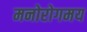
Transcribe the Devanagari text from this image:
मनोरोगमय